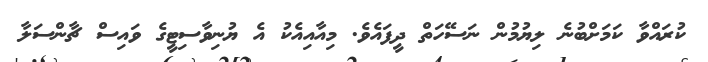
ކުރައްވާ ކަމަށްބުނެ ލިޔުމުން ނަސޭހަތް ދީފައެވެ. މިއާއިއެކު އެ ޔުނިވާސިޓީގެ ވައިސް ޗާންސަލާ